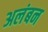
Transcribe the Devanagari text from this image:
अलंबन